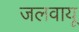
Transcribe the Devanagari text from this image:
जलवायू